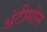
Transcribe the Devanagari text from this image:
अंटीगोन